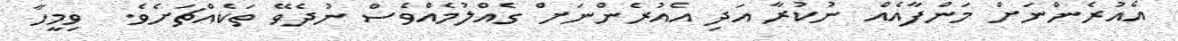
އެއުރެންނަށް މަންފާއެއް ނުކުރާ އަދި އެއުރެންނަށް ގެއްލުމެއްވެސް ނުދެވޭ ތަކެއްޗަށެވެ.  ވިމީހާ